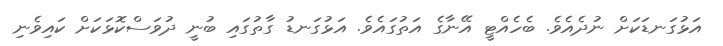
އަޅުގަނޑަކަށް ނުދެއެވެ. ބެހެއްޓީ އޭނާގެ އަތުގައެވެ. އަޅުގަނޑު ގާތުގައި ބުނީ ދުވަސްކޮޅަކަށް ކައިވެނި